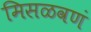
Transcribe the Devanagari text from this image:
मिसळवणं